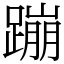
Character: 蹦